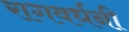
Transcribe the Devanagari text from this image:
रागवर्धनी